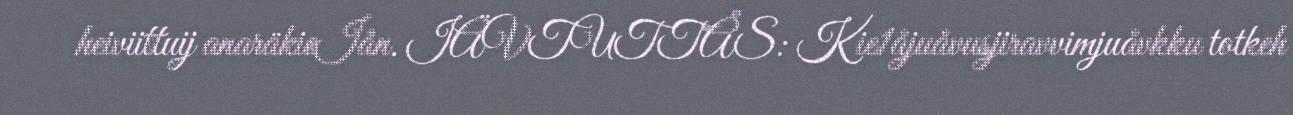
heiviittuij anaräkieIån. IÄVTUTTÅS: Kie1åjuåvusjiravvimjuåvkku totkeh